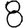
Digit: 8